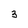
Character: 3